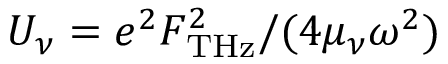
U _ { \nu } = e ^ { 2 } F _ { \mathrm { T H z } } ^ { 2 } / ( 4 \mu _ { \nu } \omega ^ { 2 } )